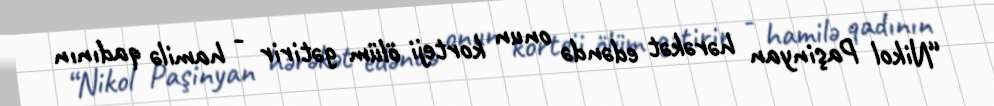
“Nikol Paşinyan hərəkət edəndə onun korteji ölüm gətirir - hamilə qadının